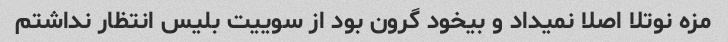
مزه نوتلا اصلا نمیداد و بیخود گرون بود از سوییت بلیس انتظار نداشتم